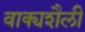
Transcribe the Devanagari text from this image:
वाक्यशैली